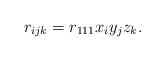
LaTeX: \begin{align*}r_{ijk}=r_{111}x_{i}y_{j}z_{k}.\end{align*}